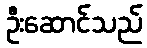
ဦးဆောင်သည်